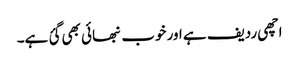
اچھی ردیف ہے اور خوب نبھائی بھی گئ ہے۔